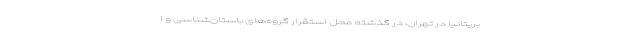
بریتانیا در تهران، در گذشته محل استقرار گروه‌های باستان‌شناسی و ا